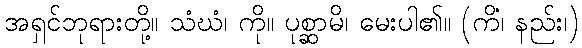
အရှင်ဘုရားတို့။ သံဃံ၊ ကို။ ပုစ္ဆာမိ၊ မေးပါ၏။ (ကိံ၊ နည်း၊)